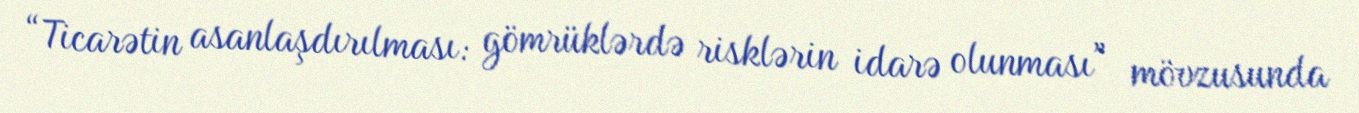
“Ticarətin asanlaşdırılması: gömrüklərdə risklərin idarə olunması” mövzusunda